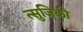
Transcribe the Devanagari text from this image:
त्सुजिकी